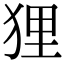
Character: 狸